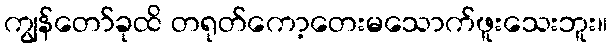
ကျွန်တော်ခုထိ တရုတ်ကော့တေးမသောက်ဖူးသေးဘူး။